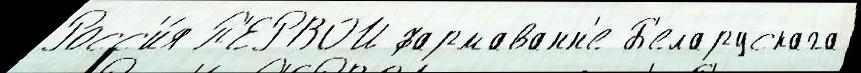
Росс'и́я П'ЕРВОЙ фармаванн'е Б'еларускага